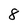
Character: 8